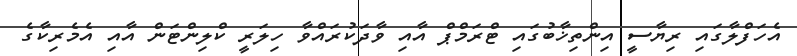
އެހަފްލާގައި ރިޔާސީ އިންތިޚާބުގައި ޓްރަމްޕް އާއި ވާދަކުރައްވާ ހިލަރީ ކްލިންޓަން އާއި އެމެރިކާގެ